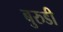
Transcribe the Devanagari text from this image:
बुरुडी